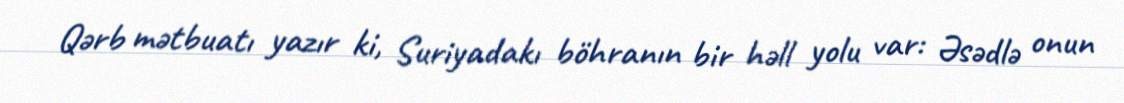
Qərb mətbuatı yazır ki, Suriyadakı böhranın bir həll yolu var: Əsədlə onun